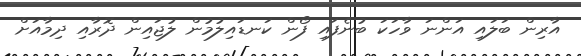
އާރިން ބަލައި އަންނަ ވާހަކަ ބުނެފައި ފޯން ކަނޑައިލުމުން ލުޖައިން ދޮރާއި ދިމާއަށް